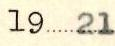
1921